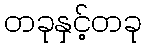
တခုနှင့်တခု